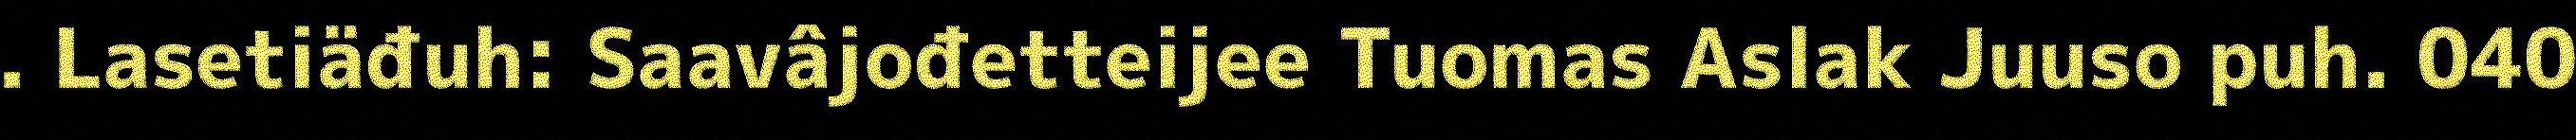
. Lasetiäđuh: Saavâjođetteijee Tuomas Aslak Juuso puh. 040